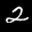
Label: 2